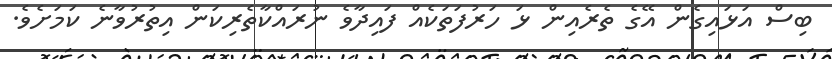
ބިސް އަޅައިގެން އޭގެ ތެރެއިން ޅަ ހަރުފަތަކެއް ފައިދާވެ ނުރައްކާތެރިކަން އިތުރުވާނެ ކަމަށެވެ.